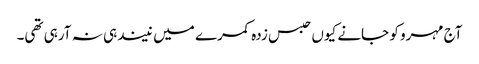
آج مہرو کو جانے کیوں حبس زدہ کمرے میں نیند ہی نہ آرہی تھی۔